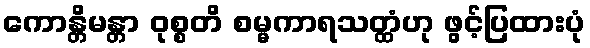
ကောန္တိမန္တာ ဝုစ္စတိ စမ္မကာရသတ္ထံဟု ဖွင့်ပြထားပုံ